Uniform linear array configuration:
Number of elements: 4
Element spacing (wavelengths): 0.75
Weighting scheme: hann
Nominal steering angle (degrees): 15
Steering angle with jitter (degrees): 15.274
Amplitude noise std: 0.05
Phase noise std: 0.05

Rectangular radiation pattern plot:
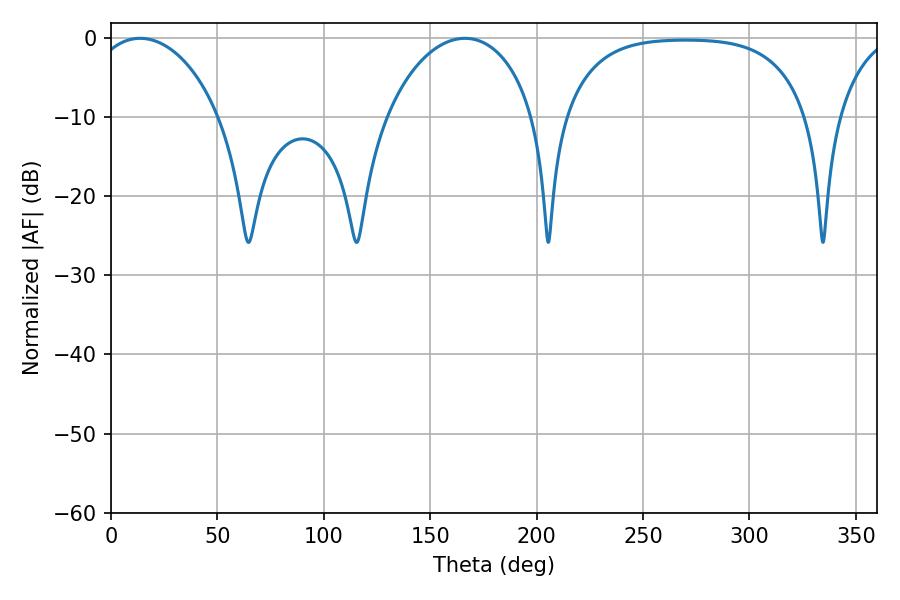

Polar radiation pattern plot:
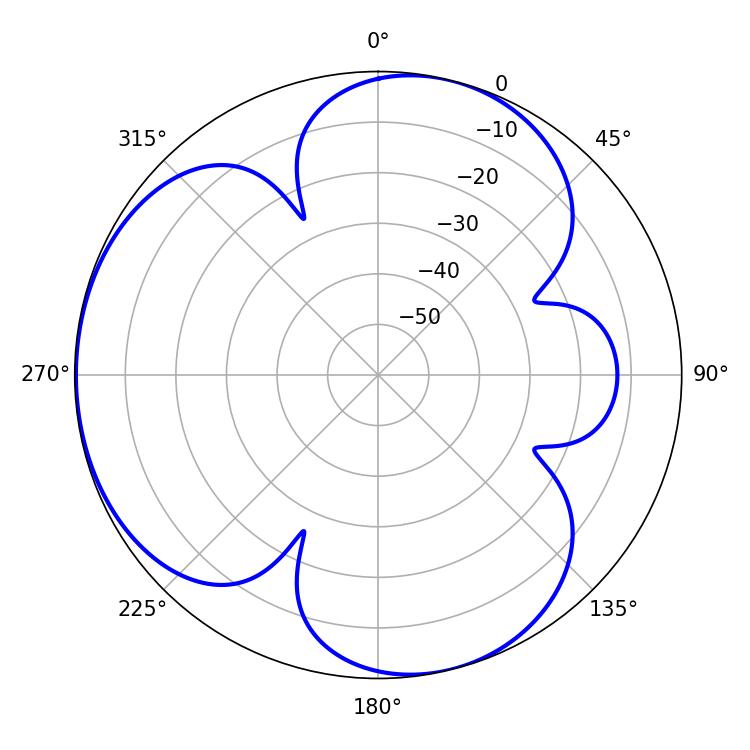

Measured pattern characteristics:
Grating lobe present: TRUE
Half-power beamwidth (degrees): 34.74
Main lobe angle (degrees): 13.68